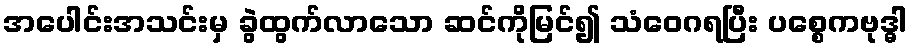
အပေါင်းအသင်းမှ ခွဲထွက်လာသော ဆင်ကိုမြင်၍ သံဝေဂရပြီး ပစ္စေကဗုဒ္ဓါ